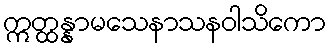
ဣတ္ထန္နာမသေနာသနဝါသိကော